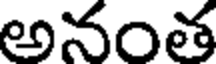
అనంత